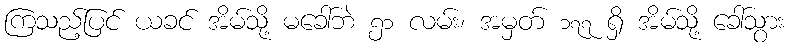
ကြသည့်ပြင် ယခင် အိမ်သို့ မခေါ်ဘဲ ၅၁ လမ်း၊ အမှတ် ၁၇၇ ရှိ အိမ်သို့ ခေါ်သွား